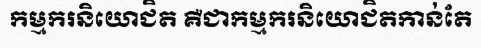
កម្មករនិយោជិត គឺជាកម្មករនិយោជិតកាន់តែ